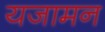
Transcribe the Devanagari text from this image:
यजामन